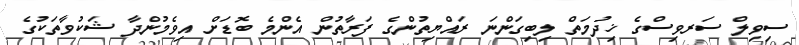
ސިވިލް ސަރވިސްގެ ޚިދުމަތް ލިބިގަންނަ ރައްޔިތުންގެ ފަރާތުން އެންމެ ބޮޑަށް އިވެމުންދާ ޝަކުވާތަކުގެ